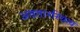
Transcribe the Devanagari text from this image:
अवतारस्थित्य